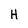
Character: H